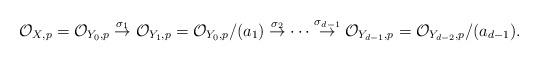
LaTeX: \begin{align*} \mathcal O_{X,p}=\mathcal O_{Y_0,p}\overset{\sigma_1}{\rightarrow}\mathcal O_{Y_1,p}=\mathcal O_{Y_0,p}/(a_1)\overset{\sigma_2}{\rightarrow}\cdots \overset{\sigma_{d-1}}{\rightarrow} \mathcal O_{Y_{d-1},p}=\mathcal O_{Y_{d-2},p}/(a_{d-1}).\end{align*}